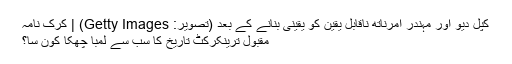
کپل دیو اور مہندر امرناتھ ناقابل یقین کو یقینی بنانے کے بعد (تصویر: Getty Images) | کرک نامہ
مقبول ترینکرکٹ تاریخ کا سب سے لمبا چھکا کون سا؟